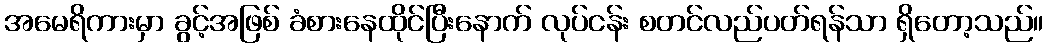
အမေရိကားမှာ ခွင့်အဖြစ် ခံစားနေထိုင်ပြီးနောက် လုပ်ငန်း စတင်လည်ပတ်ရန်သာ ရှိတော့သည်။